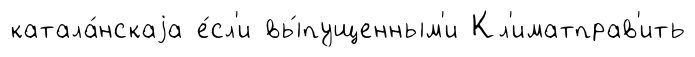
катала́нскаjа е́сл'и вы́пущенным'и Кл'иматправ'ить